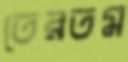
তেরতম